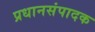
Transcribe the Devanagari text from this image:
प्रधानसंपादक